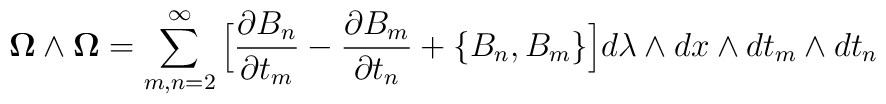
{\bf\Omega}\wedge{\bf\Omega} = \sum_{m,n=2}^\infty\Big[{\partial{B}_n\over\partial t_m}-{\partial{B}_m\over\partial t_n}+\{{B}_n,{B}_m\}\Big] d\lambda \wedge dx \wedge d t_m \wedge d t_n